Vaccination in the Punjab 1919-1929 - 1919-1929
Year: 1919
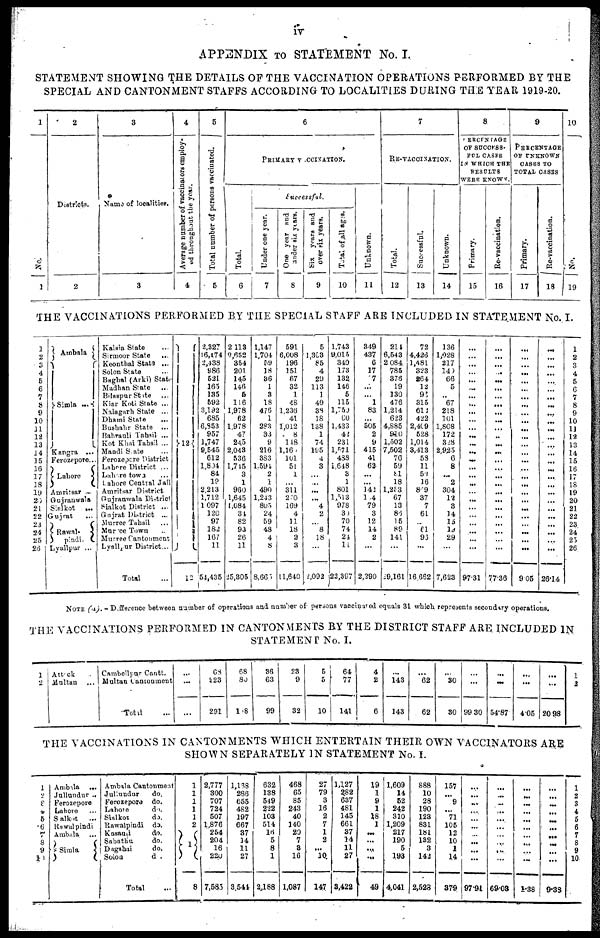
iv
APPENDIX
TO STATEMENT No. I.
STATEMENT SHOWING THE DETAILS OF THE VACCINATION OPERATIONS PERFORMED BY THE
SPECIAL AND CANTONMENT STAFFS ACCORDING TO LOCALITIES DURING THE YEAR 1919-20.
1
No.
1
2
Districts.
2
3
Name of localities.
3
4
Average number of vaccinators employ-
ed throughout the year.
4
5
Total number of persons vaccinated.
6
6
PRIMARY VCCINATION.
Total.
6
Successful.
Under one year.
7
One year and
under six years.
8
S ix years and
over six years.
9
Total of all ages.
10
Unknown.
11
7
RE-VACCINATION.
Total.
12
Successful.
13
Unknown.
14
8
PERCENTAGE
OF SUCCESS¬
FUL CASES
IN WHICH THE
RESULTS
WERE KNOWN.
Primary.
15
Re-vaccination.
16
9
PERCENTAGE
OF UNKNOWN
CASES TO
TOTAL CASES
Primary.
17
Re-vaccination.
18
10
No.
19
THE VACCINATIONS PERFORMED BY THE SPECIAL STAFF ARE INCLUDED IN STATEMENT No. I.
1
2
3
4
5
6
7
8
9
10
11
12
13
14
15
16
17
18
19
20
21
22
23
24
25
26
Ambala
Simla ...
Kangra ...
Ferozepore...
Lahore
Amritsar ...
Gujranwala
Sialkot
...
Gujrat
...
Rawal¬
pindi.
Lyallpur ...
Kalaia State ...
Sirmoor State
...
Keonthal State ...
Solon State ...
Baghal (Arki) State
Madhan State ...
Bilaspur State
...
Kiar Koti State ...
Nalagarh State ...
Dhami State
...
Bushahr State ...
Bahrauli Tahsil ...
Kot Khai Tahsil ...
Mandi State ...
Ferozepore District
Lahore District ...
Lahore town ...
Lahore Central Jail
Amritsar District
Gujranwala District
Sialkot District ...
Gujrat District ...
Murree Tahsil ...
Muree Town ...
Murree Cantonment
Lyallpur District...
Total ...
12
12
2,327
16,174
2,438
986
521
165
135
592
3,192
685
6,853
957
1,747
9,545
612
1,804
84
19
2,213
1,712
1,097
120
97
182
167
11
54,435
2 113
9,652
354
201
145
146
5
116
1,978
62
1,978
47
245
2,043
536
1,715
3
1
960
1,645
1,084
34
82
93
26
11
25,305
1,147
1,704
59
18
36
1
3
18
476
1
283
33
9
216
383
1,594
2
1
490
1,243
805
24
59
48
4
8
8,665
591
6,008
196
151
67
32
1
48
1,236
41
1,012
8
148
1,160
101
51
1
...
311
2,70
169
4
11
18
2
3
11,640
5
1,303
85
4
29
113
1
49
38
18
138
1
74
195
4
3
...
...
...
... 4
2
... 8
18
...
2,092
1,743
9,015
340
173
132
146
5
115
1,750
60
1,433
42
231
1,571
488
1,648
3
1
801
1,513
978
30
70
74
24
11
22,397
349
437
6
17
07
...
... 1
83
...
505
2
9
415
41
62
...
...
142
104
79
3
12
14
2
...
2,290
214
6,543
2 084
785
376
19
130
476
1,214
623
4,885
910
1,502
7,502
76
59
81
18
1,253
67
13
86
15
89
141
...
29,161
72
4,426
1,481
323
264
12
96
315
612
422
2,409
528
1,014
3,413
58
11
53
16
889
37
7
61
... 61
93
...
16,662
136
1,028
217
140
66
5
...
67
218
101
1,808
172
328
2,925
6
8
...
2
304
12
3
14
15
19
29
...
7,623
...
...
...
...
...
...
...
...
...
...
...
...
...
...
...
...
...
...
...
...
...
...
...
...
...
...
97.31
...
...
...
...
...
...
...
...
...
...
...
...
...
...
...
...
...
...
...
...
...
...
...
...
...
...
77.36
...
...
...
...
...
...
...
...
...
...
...
...
...
...
...
...
...
...
...
...
...
...
...
...
...
...
9.05
...
...
...
...
...
...
...
...
...
...
...
...
...
...
...
...
...
...
...
...
...
...
...
...
...
...
26.14
1
2
3
4
5
6
7
8
9
10
11
12
13
14
15
16
17
18
19
20
21
22
23
24
25
26
NOTE (a). - Difference between number of operations and number of persons vaccinated equals 31 which represents secondary operations.
THE VACCINATIONS PERFORMED IN CANTONMENTS BY THE DISTRICT STAFF ARE INCLUDED IN
STATEMENT No. I.
1
2
Attock ...
Multan ...
Cambellpur Cantt.
Multan Cantonment
Total ...
...
...
...
68
223
291
68
80
108
36
63
99
23
9
32
5
5
10
64
77
141
4
2
6
...
143
143
...
62
62
...
30
30
...
...
99.30
...
...
54.87
...
...
4.05
...
...
20.98
1
2
THE VACCINATIONS IN CANTONMENTS WHICH ENTERTAIN THEIR OWN VACCINATORS ARE
SHOWN SEPARATELY IN STATEMENT No. I.
1
2
3
4
5
6
7
8
9
10
Ambala
...
Jullundur ...
Ferozepore
Lahore ...
Sialkot ...
Rawalpindi
Ambala
...
Simla
Ambala Cantonment
Jullundur
do.
Ferozepore do.
Lahore
do.
Sialkot
do.
Rawalpindi do.
Kasauli
do.
Sabathu
do.
Dagshai
do.
Solon
do.
Total ...
1
1
1
1
1
2
1
8
2,777
300
707
724
507
1,876
254
204
16
220
7,585
1,168
286
655
482
197
667
37
14
11
27
3,544
632
138
549
222
103
514
16
5
8
1
2,188
468
65
85
243
40
140
20
7
3
10
1,087
27
79
3
16
2
7
1
2
...
10
147
1,127
282
637
481
145
661
37
14
11
27
3,422
19
1
9
1
18
1
...
...
...
...
49
1,609
14
52
242
310
1,209
217
190
5
193
4,041
888
10
28
190
123
831
181
132
3
142
2,528
157
...
9
... 71
105
12
10
1
14
379
...
...
...
...
...
...
...
...
...
...
97.91
...
...
...
...
...
...
...
...
...
...
69.03
...
...
...
... ...
...
...
...
...
...
1.38
...
...
...
...
...
...
...
...
...
...
9.38
1
2
3
4
5
6
7
8
9
10